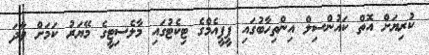
ކުރިޔަށް އޮތް ކައުންސިލް އިންތިހާބުގައި ޕީޕީއެމްގެ ޓިކެޓުގައި މާލެސިޓީގެ މޭޔަރު ކަމަށް ވާދަ